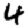
Digit: 4